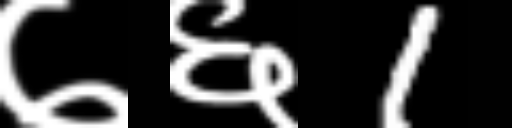
Text: ७६1